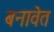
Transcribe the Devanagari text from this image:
बनावेत